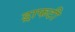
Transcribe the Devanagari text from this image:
ड्राफटी